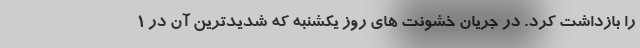
را بازداشت كرد. در جریان خشونت های روز یکشنبه که شدیدترین آن در 1